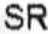
SR